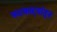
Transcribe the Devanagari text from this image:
फटकाऱ्यांतून